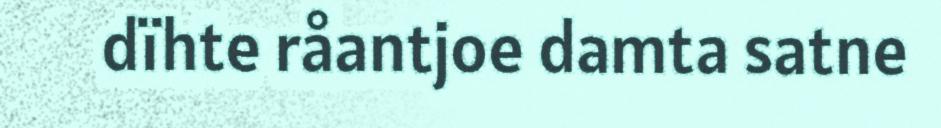
dïhte råantjoe damta satne